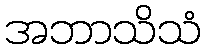
အဘာသိသံ